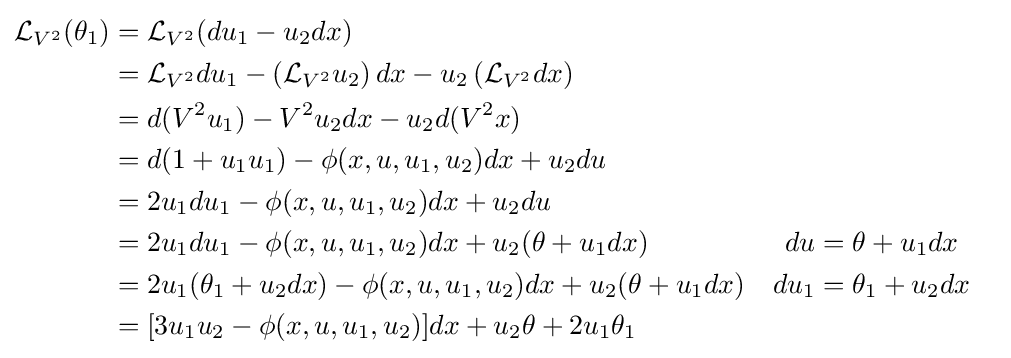
{\begin{aligned}{\mathcal {L}}_{V^{2}}(\theta _{1})&={\mathcal {L}}_{V^{2}}(du_{1}-u_{2}dx)\\&={\mathcal {L}}_{V^{2}}du_{1}-\left({\mathcal {L}}_{V^{2}}u_{2}\right)dx-u_{2}\left({\mathcal {L}}_{V^{2}}dx\right)\\&=d(V^{2}u_{1})-V^{2}u_{2}dx-u_{2}d(V^{2}x)\\&=d(1+u_{1}u_{1})-\phi (x,u,u_{1},u_{2})dx+u_{2}du\\&=2u_{1}du_{1}-\phi (x,u,u_{1},u_{2})dx+u_{2}du\\&=2u_{1}du_{1}-\phi (x,u,u_{1},u_{2})dx+u_{2}(\theta +u_{1}dx)&du&=\theta +u_{1}dx\\&=2u_{1}(\theta _{1}+u_{2}dx)-\phi (x,u,u_{1},u_{2})dx+u_{2}(\theta +u_{1}dx)&du_{1}&=\theta _{1}+u_{2}dx\\&=[3u_{1}u_{2}-\phi (x,u,u_{1},u_{2})]dx+u_{2}\theta +2u_{1}\theta _{1}\end{aligned}}